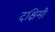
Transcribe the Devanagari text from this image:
दक्षिमी